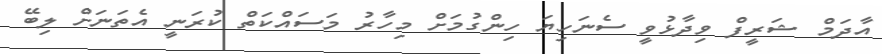
އާދަމް ޝަރީފް ވިދާޅުވީ ސެނަހިޔަ ހިންގުމަށް މިހާރު މަސައްކަތް ކުރަނީ އެތަނަށް ލިބޭ